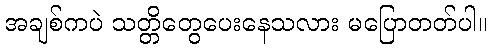
အချစ်ကပဲ သတ္တိတွေပေးနေသလား မပြောတတ်ပါ။